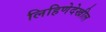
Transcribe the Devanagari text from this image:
लिहिणेदेखील